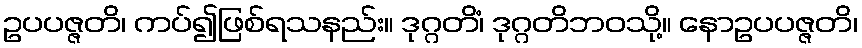
ဥပပဇ္ဇတိ၊ ကပ်၍ဖြစ်ရသနည်း။ ဒုဂ္ဂတိံ၊ ဒုဂ္ဂတိဘဝသို့။ နောဥပပဇ္ဇတိ၊